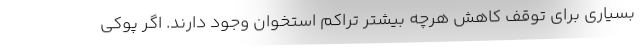
بسیاری برای توقف کاهش هرچه بیشتر تراکم استخوان وجود دارند. اگر پوکی